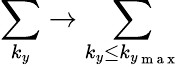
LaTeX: \sum_{k_{y}}\rightarrow\sum_{k_{y}\le k_{y_{\mathrm{~m~a~x~}}}}